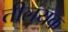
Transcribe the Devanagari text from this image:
तीलयक